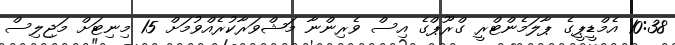
10:38 އެމްޑީޕީގެ ޕާލަމެންޓްރީ ގްރޫޕްގެ އިސް ވެރިންނާ މަޝްވަރާކުރެއްވުމަށް 15 މިނިޓަށް މަޖިލިސް